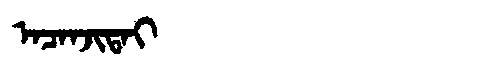
Manchu: ᠠᠴᠠᠨᠵᡳᡨᠠᡳ
Romanization: ACANJITAI